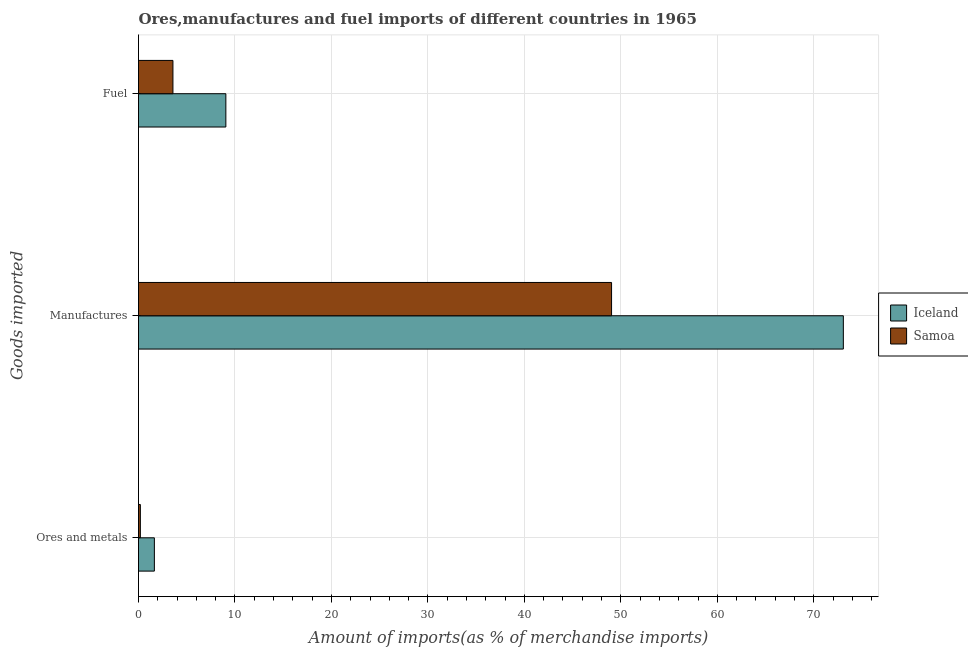
| Goods imported | Iceland | Samoa |
 | --- | --- | --- |
 | Ores and metals | 1.64 | 0.192 |
 | Manufactures | 73.1 | 49 |
 | Fuel | 9.06 | 3.57 |